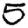
Digit: 5